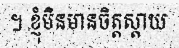
។ ខ្ញុំមិនមានចិត្តស្តាយ